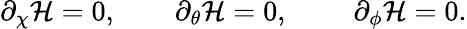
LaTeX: \partial_{\chi}{\cal H}=0,~~~~~~~~\partial_{\theta}{\cal H}=0,~~~~~~~~~\partial_{\phi}{\cal H}=0.